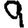
Digit: 9